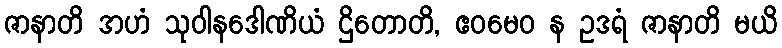
ဇာနာတိ အဟံ သုဝါနဒေါဏိယံ ဌိတောတိ, ဧဝမေဝ န ဥဒရံ ဇာနာတိ မယိ